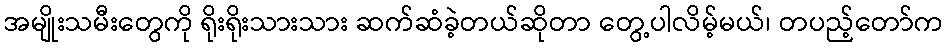
အမျိုးသမီးတွေကို ရိုးရိုးသားသား ဆက်ဆံခဲ့တယ်ဆိုတာ တွေ့ပါလိမ့်မယ်၊ တပည့်တော်က